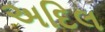
અદિલ